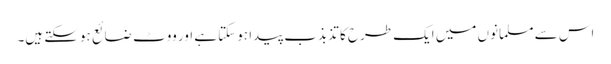
اس سے مسلمانوں میں ایک طرح کا تذبذب پیدا ہوسکتا ہے اور ووٹ ضائع ہوسکتے ہیں۔